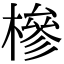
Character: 槮